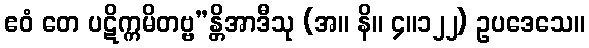
ဧဝံ တေ ပဋိက္ကမိတဗ္ဗ”န္တိအာဒီသု (အ။ နိ။ ၄။၁၂၂) ဥပဒေသေ။